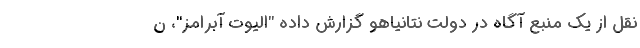
نقل از یک منبع آگاه در دولت نتانیاهو گزارش داده "الیوت آبرامز"، ن